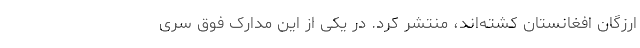
ارزگان افغانستان کشته‌اند، منتشر کرد. در یکی از این مدارک فوق سری